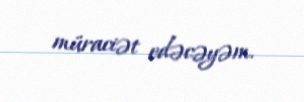
müraciət edəcəyəm.